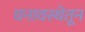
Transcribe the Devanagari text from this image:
घनावस्थेतून